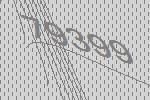
79399